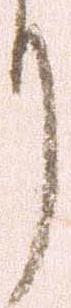
り